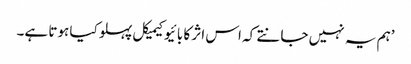
’ہم یہ نہیں جانتے کہ اس اثر کا بائیوکیمیکل پہلو کیا ہوتا ہے۔